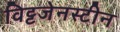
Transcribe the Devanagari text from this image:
विट्टजेनस्टीन